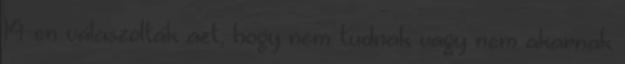
14-en válaszolták azt, hogy nem tudnak vagy nem akarnak